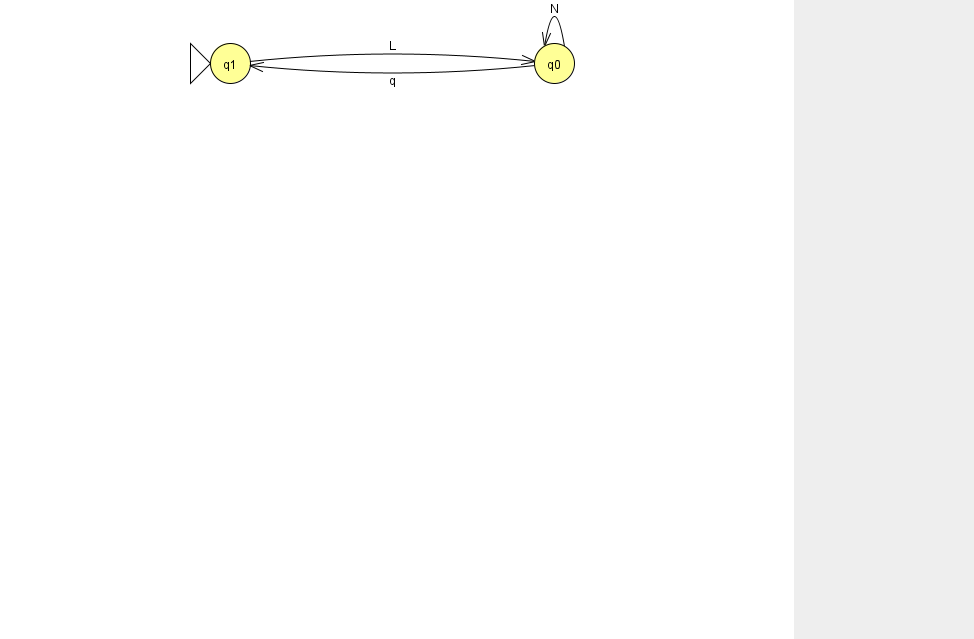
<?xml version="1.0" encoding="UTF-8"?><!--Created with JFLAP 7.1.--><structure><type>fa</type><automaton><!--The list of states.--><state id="0" name="q0"><x>554.0</x><y>50.0</y></state><state id="1" name="q1"><x>230.0</x><y>50.0</y><initial/></state><!--The list of transitions.--><transition><from>0</from><to>1</to><read>q</read></transition><transition><from>1</from><to>0</to><read>L</read></transition><transition><from>0</from><to>0</to><read>N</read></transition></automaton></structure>